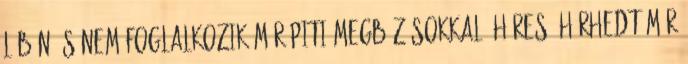
lábán és nem foglalkozik már piti megbízásokkal. Híres hírhedt már